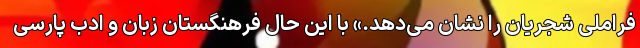
فراملی شجریان را نشان می‌دهد.» با این حال فرهنگستان زبان و ادب پارسی